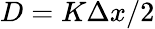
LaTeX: D=K\Delta x/2